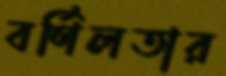
বর্ণিলতার